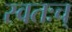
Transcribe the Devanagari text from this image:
स्वतःच्